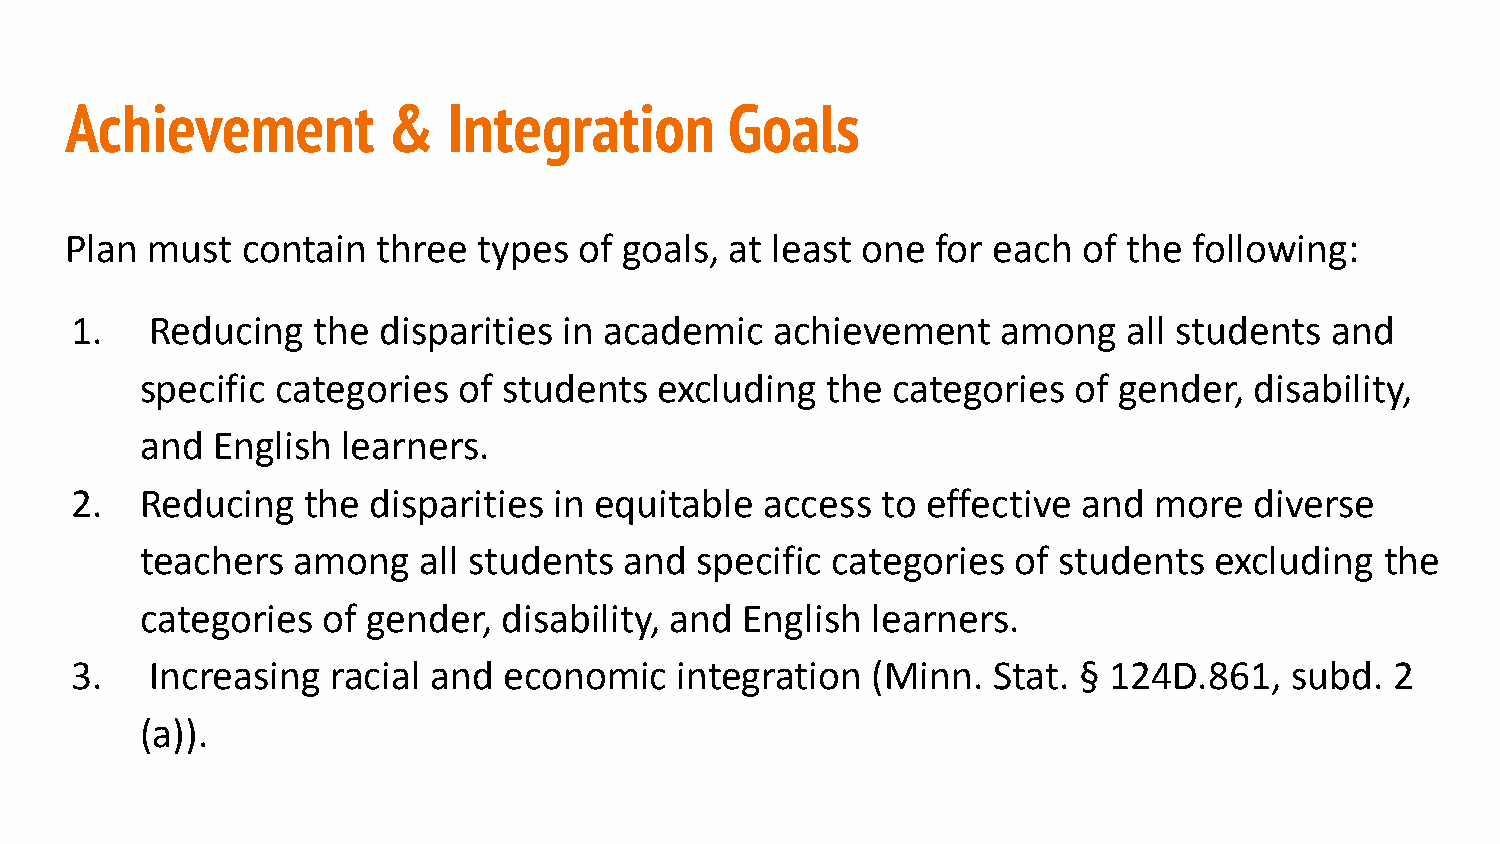
Achievement           &   Integration       Goals
 Plan  must  contain  three  types of goals, at least one  for each  of the following:
 1.   Reducing   the disparities in academic   achievement    among    all students and
 specific categories  of students   excluding  the categories  of gender,  disability,
 and  English  learners.
 2.  Reducing   the  disparities in equitable  access to effective  and more   diverse
 teachers  among    all students and  specific categories  of students  excluding   the
 categories  of gender,  disability, and English  learners.
 3.   Increasing  racial and economic    integration  (Minn.  Stat. § 124D.861,  subd.  2
 (a)).